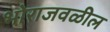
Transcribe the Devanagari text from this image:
भोराजवळील